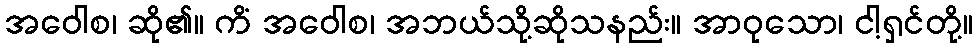
အဝေါစ၊ ဆို၏။ ကိံ အဝေါစ၊ အဘယ်သို့ဆိုသနည်း။ အာဝုသော၊ ငါ့ရှင်တို့။